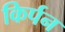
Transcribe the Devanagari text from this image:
किर्पन